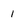
Character: 1